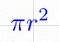
\pi r^2